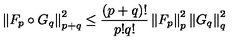
\left\| F _ { p } \circ G _ { q } \right\| _ { p + q } ^ { 2 } \leq \frac { ( p + q ) ! } { p ! q ! } \left\| F _ { p } \right\| _ { p } ^ { 2 } \left\| G _ { q } \right\| _ { q } ^ { 2 }